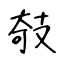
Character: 攲